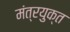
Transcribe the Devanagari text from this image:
मंत्रयुक्त